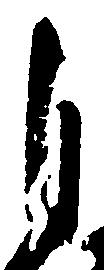
自